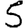
Digit: 5